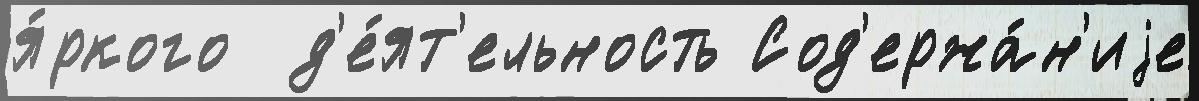
я́ркого  д'е́ят'ельность Сод'ержа́н'иjе